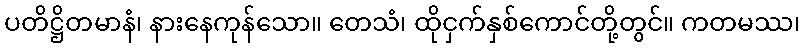
ပတိဋ္ဌိတမာနံ၊ နားနေကုန်သော။ တေသံ၊ ထိုငှက်နှစ်ကောင်တို့တွင်။ ကတမဿ၊